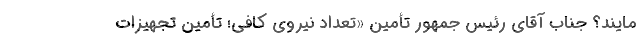
مایند؟ جناب آقای رئیس جمهور تأمین «تعداد نیروی کافی؛ تأمین تجهیزات